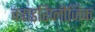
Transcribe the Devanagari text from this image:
क्वाडरिप्लीजिक